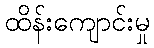
ထိန်းကျောင်းမှု